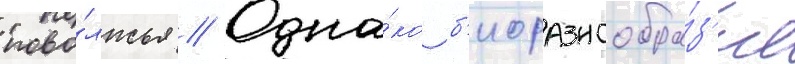
пово́лжья // Одна́ко б'иоразнообра́з'ие